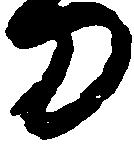
刀